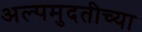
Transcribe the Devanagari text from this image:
अल्पमुदतीच्या